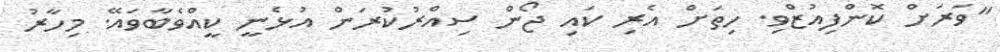
"ވަރަށް ކޮންފިއުޒްވި. ހިތަށް އެރި ކައި ޖޯން ސިއްރުކުރަން އުޅެނީ ކީއްވެބާވައޭ. މިހާރު